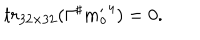
LaTeX: t r _ { 3 2 \times 3 2 } ( \Gamma ^ { \sharp } { m _ { o } ^ { \prime } } ^ { 4 } ) = 0 .